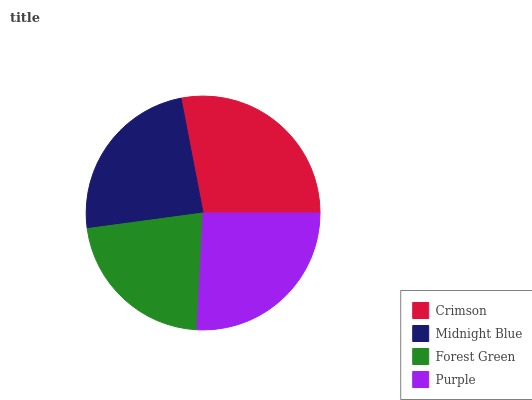
| Crimson | Midnight Blue | Forest Green | Purple |
 | --- | --- | --- | --- |
 | 28.1% | 24.1% | 22% | 25.8% |